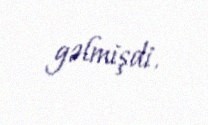
gəlmişdi.